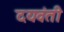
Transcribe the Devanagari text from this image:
दयवंती